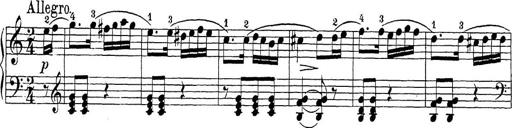
Title: Sonatina Album
Composer: Louis KÃ¶hler